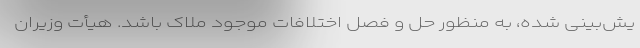
یش‌بینی شده، به منظور حل و فصل اختلافات موجود ملاک باشد. هیأت وزیران